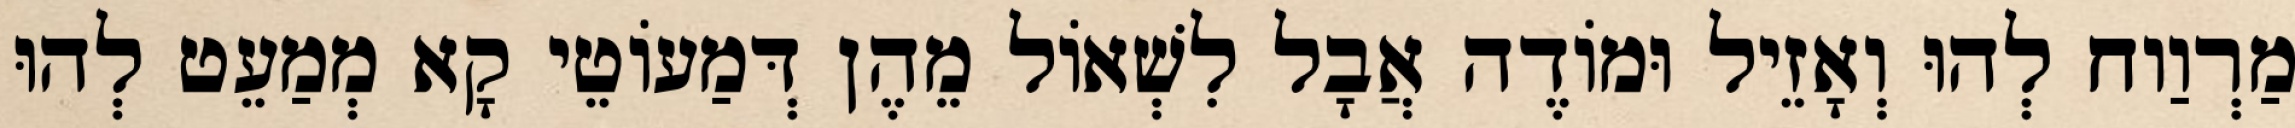
מַרְוַוח לְהוּ וְאָזֵיל וּמוֹדֶה אֲבָל לִשְׁאוֹל מֵהֶן דְּמַעוֹטֵי קָא מְמַעֵט לְהוּ